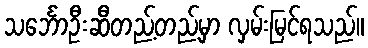
သင်္ဘောဦးဆီတည့်တည့်မှာ လှမ်းမြင်ရသည်။